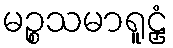
မဉ္စသမာရူဠှံ